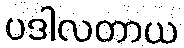
ပဒါလတာယ